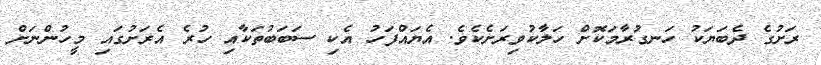
ރަށުގެ ދެބަޔަކު ހަނގުރާމަކޮށް ހަލާކުވިރަށެކެވެ. އެޔައްފަހު އެކި ސަބަބުތަކާއި ހުރެ އެރަށުގައި މީހުންނަށް